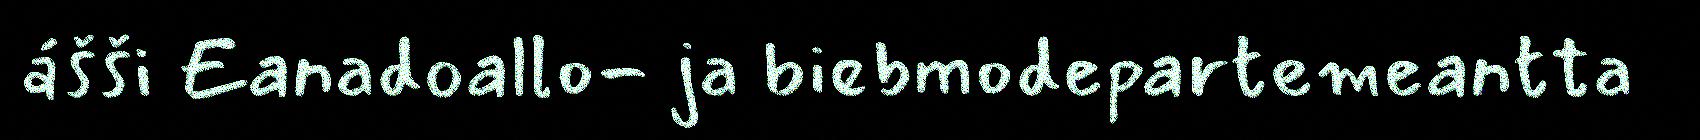
ášši Eanadoallo- ja biebmodepartemeantta